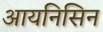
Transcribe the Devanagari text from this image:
आयनिसिन